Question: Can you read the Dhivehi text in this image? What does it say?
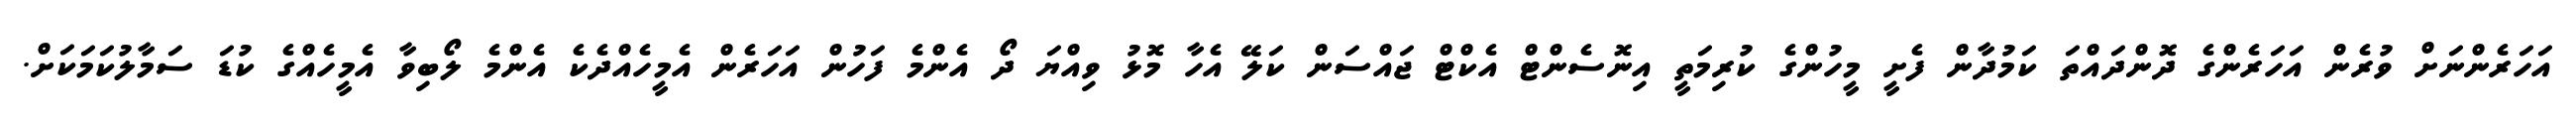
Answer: އަހަރެންނަށް ވުރެން އަހަރެންގެ ދޮންދައްތަ ކަމުދާން ފެށީ މީހުންގެ ކުރިމަތީ އިނޮސެންޓް އެކްޓް ޖައްސަން ކަލޭ އެހާ މޮޅު ވިއްޔަ ދޯ އެންމެ ފަހުން އަހަރެން އެމީހެއްދެކެ އެންމެ ލޯބިވާ އެމީހެއްގެ ކުޑަ ސަމާލުކަމަކަށް.